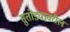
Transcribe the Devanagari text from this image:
सुतोंड्यावरील